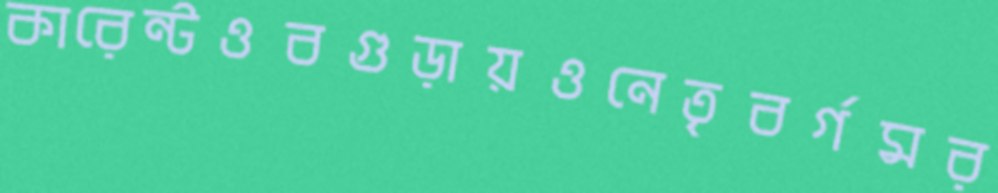
কারেন্টওবগুড়ায়ওনেতৃবর্গমর